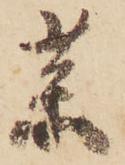
薬